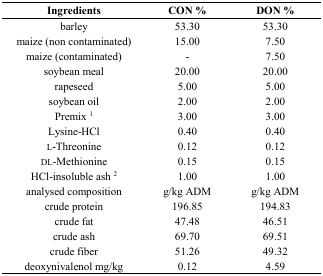
<table><thead><tr><td><b>Ingredients</b></td><td><b>CON %</b></td><td><b>DON %</b></td></tr></thead><tbody><tr><td>barley</td><td>53.30</td><td>53.30</td></tr><tr><td>maize (non contaminated)</td><td>15.00</td><td>7.50</td></tr><tr><td>maize (contaminated)</td><td>-</td><td>7.50</td></tr><tr><td>soybean meal </td><td>20.00</td><td>20.00</td></tr><tr><td>rapeseed</td><td>5.00</td><td>5.00</td></tr><tr><td>soybean oil</td><td>2.00</td><td>2.00</td></tr><tr><td>Premix <sup>1</sup></td><td>3.00</td><td>3.00</td></tr><tr><td>Lysine-HCl</td><td>0.40</td><td>0.40</td></tr><tr><td>l-Threonine</td><td>0.12</td><td>0.12</td></tr><tr><td>dl-Methionine</td><td>0.15</td><td>0.15</td></tr><tr><td>HCl-insoluble ash <sup>2</sup></td><td>1.00</td><td>1.00</td></tr><tr><td>analysed composition</td><td>g/kg ADM</td><td>g/kg ADM</td></tr><tr><td>crude protein</td><td>196.85</td><td>194.83</td></tr><tr><td>crude fat</td><td>47.48</td><td>46.51</td></tr><tr><td>crude ash</td><td>69.70</td><td>69.51</td></tr><tr><td>crude fiber</td><td>51.26</td><td>49.32</td></tr><tr><td>deoxynivalenol mg/kg</td><td>0.12</td><td>4.59</td></tr></tbody></table>